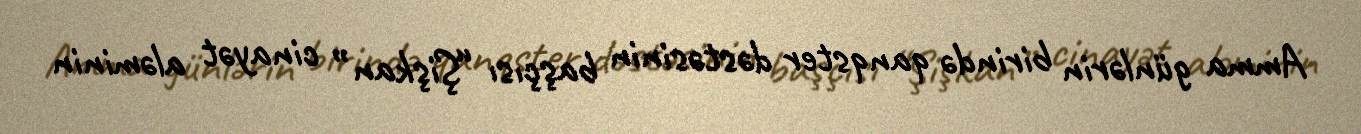
Amma günlərin birində qanqster dəstəsinin başçısı “Şişkan” cinayət aləminin